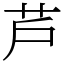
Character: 芦